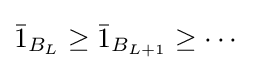
{\bar {1}}_{B_{L}}\geq {\bar {1}}_{B_{L+1}}\geq \cdots